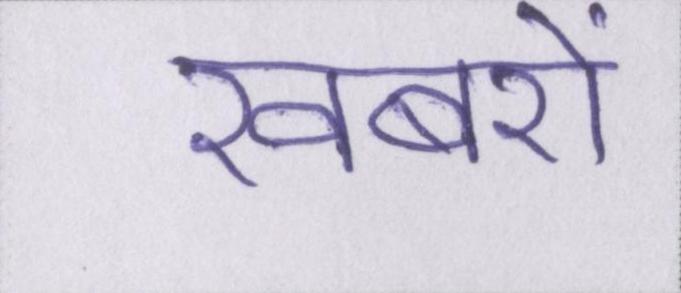
खबरों